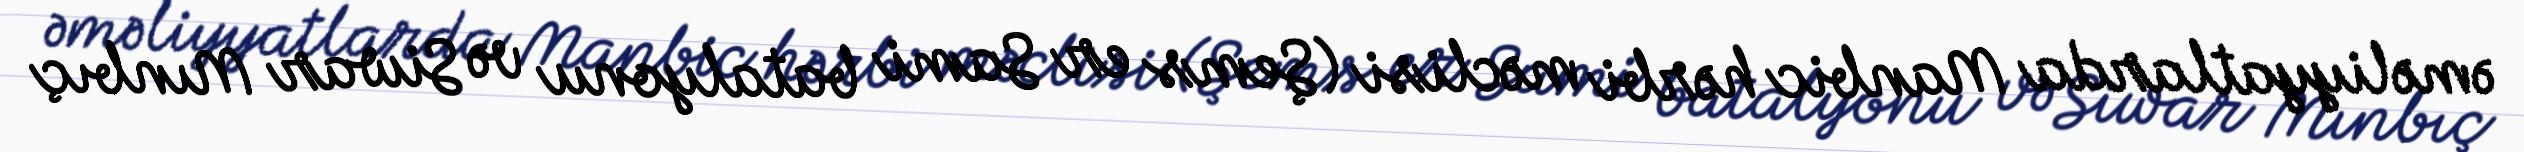
əməliyyatlarda Manbic hərbi məclisi (Şems er Sami batalyonu və Siwar Mınbıç